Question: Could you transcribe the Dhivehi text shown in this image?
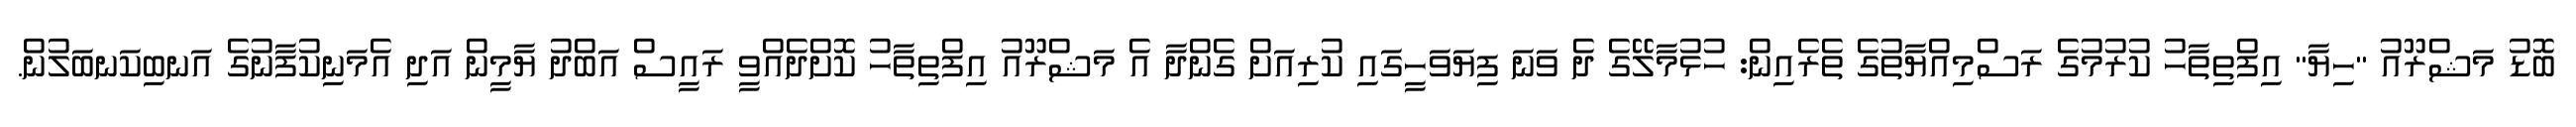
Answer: ބޮޑު މަޝްރޫއު "ހިޔާ" އިފްތިތާހު ކުރުމުގެ ރަސްމިއްޔާތުގެ ތެރެއިން: ހުޅުމާލޭގެ ދެ ވަނަ ފިޔަވަހީގައި ކުރިއަށް ގެންދާ އެ މަޝްރޫއު އިފްތިތާހު ކޮށްދެއްވީ ރައީސް އަބްދު ޔާމީން އަދި އެމަނިކުފާނުގެ އަނބިކަނބަލުން.